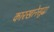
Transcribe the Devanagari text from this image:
कारखानेसुद्धा